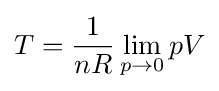
T={1 \over nR}\lim _{p\to 0}{pV}